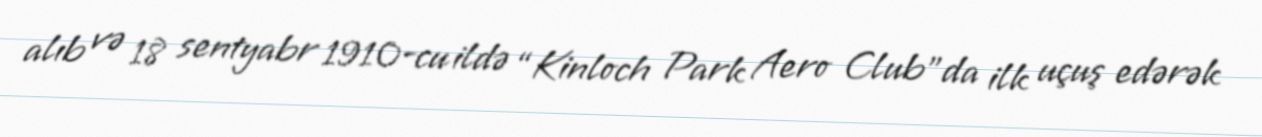
alıb və 18 sentyabr 1910-cu ildə “Kinloch Park Aero Club”da ilk uçuş edərək